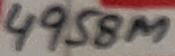
Text: 4958M